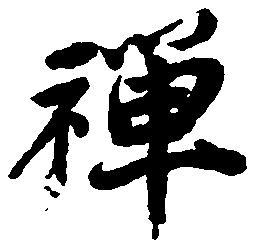
禅